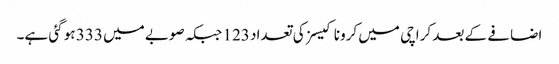
اضافے کے بعد کراچی میں کرونا کیسز کی تعداد 123 جبکہ صوبے میں 333 ہو گئی ہے۔